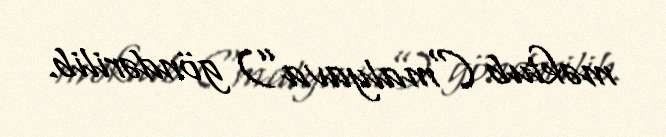
məktub (“malyava”) göndərilib.